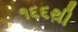
૧૬૬થી